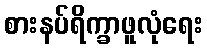
စားနပ်ရိက္ခာဖူလုံရေး